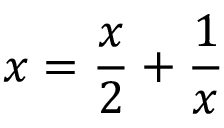
x = { \frac { x } { 2 } } + { \frac { 1 } { x } }